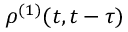
\rho ^ { ( 1 ) } ( t , t - \tau )